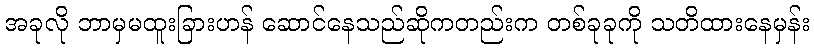
အခုလို ဘာမှမထူးခြားဟန် ဆောင်နေသည်ဆိုကတည်းက တစ်ခုခုကို သတိထားနေမှန်း